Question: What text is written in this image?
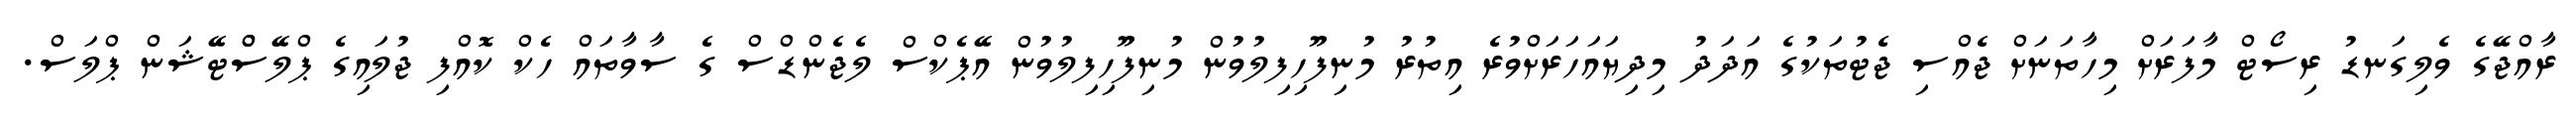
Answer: ރާއްޖޭގެ ވެލިގަނޑު ރިސޯޓް މާފަރަށް މިހާތަނަށް ޖެއްސި ޖެޓުތަކުގެ އަދަދު މިދިޔައަހަރަށްވުރެ އިތުރު މުނިފޫހިފިލުވުން މުނިފޫހިފިލުވުން އޭޕެކްސް ލެޖެންޑްސް ގެ ސާވާތައް ހެކް ކޮއްފި ޖުލައިގެ ޕްލޭސްްޓޭޝަން ޕްލަސް.